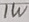
Text: 1W